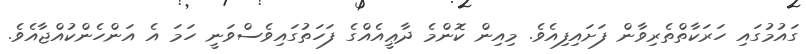
ގައުމުގައި ހަރަކާތްތެރިވާން ފަށައިފިއެވެ. މިއިން ކޮންމެ ދާޢީއެއްގެ ފަހަތުގައިވެސްވަނީ ހަމަ އެ އަންހެންކުއްޖާއެވެ.